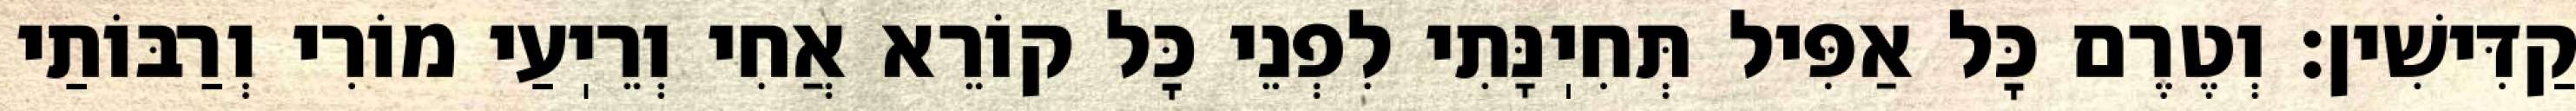
קַדִּישִׁין: וְטֶרֶם כׇּל אַפִּיל תְּחִיֽנָּתִי לִפְנֵי כׇּל קוֹרֵא אֲחִי וְרֵיֽעַי מוֹרִי וְרַבּוֹתַי